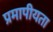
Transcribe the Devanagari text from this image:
प्रमापीयता